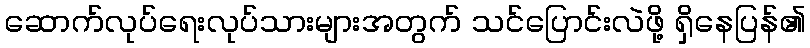
ဆောက်လုပ်ရေးလုပ်သားများအတွက် သင်ပြောင်းလဲဖို့ ရှိနေပြန်၏